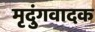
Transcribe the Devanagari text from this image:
मृदुंगवादक